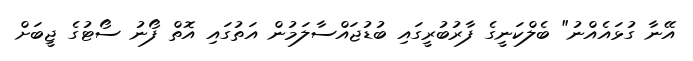
އޭނާ ގުޅައެއްނު" ބެލްކަނީގެ ފާރުބުރީގައި ބުޑުޖައްސާލަމުން އަތުގައި އޮތް ފޯނު ސޯޓުގެ ޖީބަށް